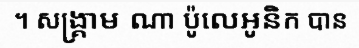
។ សង្គ្រាម ណា ប៉ូលេអូនិក បាន